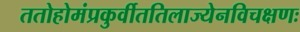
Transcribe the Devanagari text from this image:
ततोहोमंप्रकुर्वीततिलाज्येनविचक्षणः